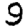
Digit: 9